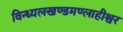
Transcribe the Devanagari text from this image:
विन्ध्यलखण्डमण्लाहीश्वर